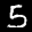
Label: 5